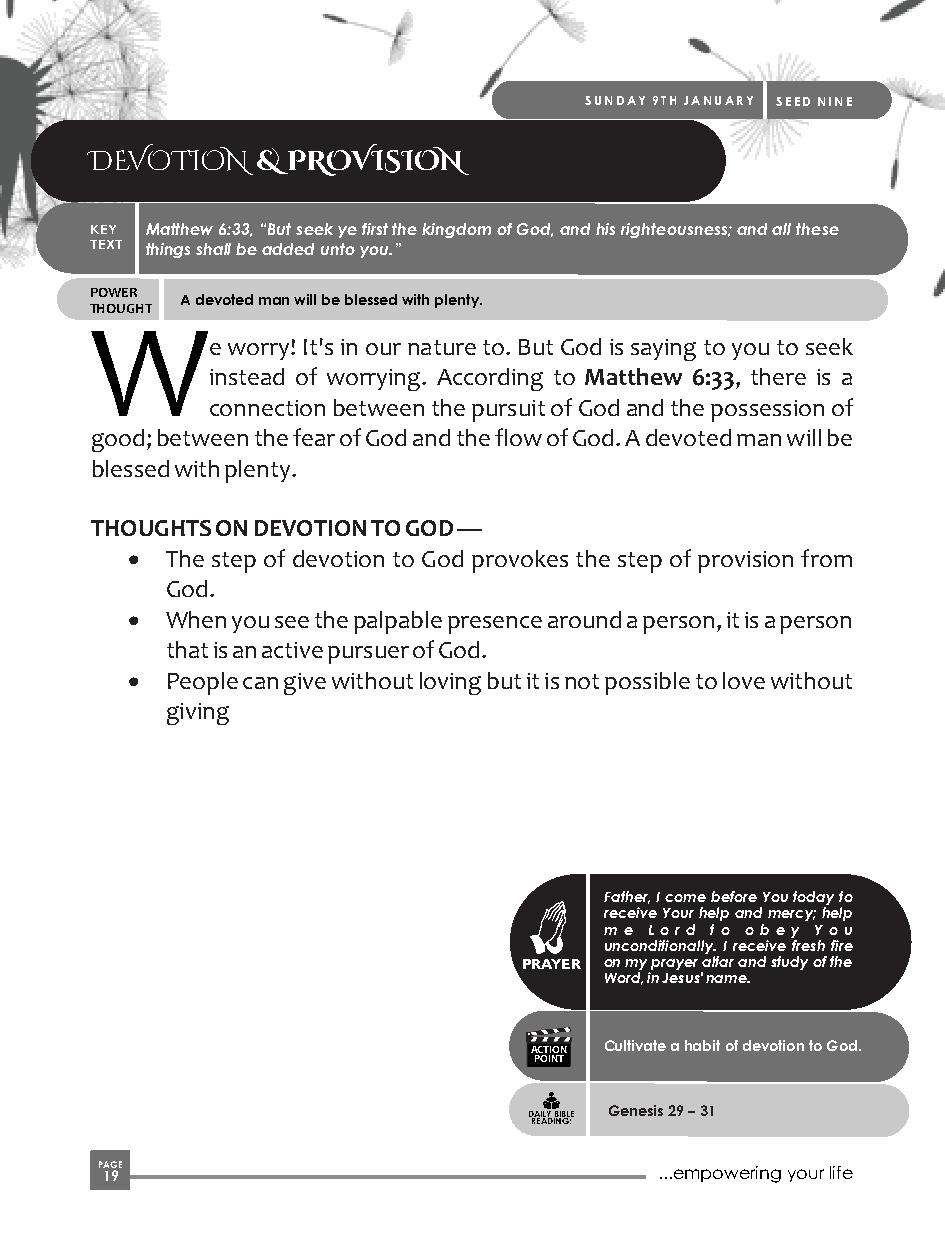
SUNDAY 9TH JANUARY SEED NINE
 DEVOTION   & PROVISION
 KEY Matthew 6:33, “But seek ye first the kingdom of God, and his righteousness; and all these
 TEXT things shall be added unto you.”
 POWER
 A devoted man will be blessed with plenty.
 THOUGHT
 W
 e worry! It's in our nature to. But God is saying to you to seek
 instead of worrying. According to Matthew 6:33, there is a
 connection between the pursuit of God and the possession of
 good; between the fear of God and the flow of God. A devoted man will be
 blessed with plenty.
 THOUGHTS ON DEVOTION TO GOD —
 ·  The step of devotion to God provokes the step of provision from
 God.
 ·  When you see the palpable presence around a person, it is a person
 that is an active pursuer of God.
 ·  People can give without loving but it is not possible to love without
 giving
 Father, I come before You today to
 receive Your help and mercy; help
 me Lord to obey You
 unconditionally. I receive fresh fire
 PRAYER on my prayer altar and study of the
 Word, in Jesus' name.
 ACTION Cultivate a habit of devotion to God.
 POINT
 Genesis 29 – 31
 DAILY BIBLE
 READING:
 P 1AG 9E                              ...empowering your life